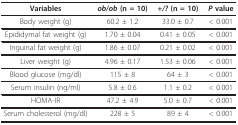
| Variables | ob/ob (n = 10) | +/? (n = 10) | P value |
 | --- | --- | --- | --- |
 | Body weight (g) | 60.2 ± 1.2 | 33.0 ± 0.7 | < 0.001 |
 | Epididymal fat weight (g) | 1.70 ± 0.04 | 0.41 ± 0.05 | < 0.001 |
 | Inguinal fat weight (g) | 1.86 ± 0.07 | 0.21 ± 0.02 | < 0.001 |
 | Liver weight (g) | 4.96 ± 0.17 | 1.53 ± 0.06 | < 0.001 |
 | Blood glucose (mg/dl) | 115 ± 8 | 64 ± 3 | < 0.001 |
 | Serum insulin (ng/ml) | 5.8 ± 0.6 | 1.1 ± 0.2 | < 0.001 |
 | HOMA-IR | 47.2 ± 4.9 | 5.0 ± 0.7 | < 0.001 |
 | Serum cholesterol (mg/dl) | 228 ± 5 | 89 ± 4 | < 0.001 |